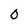
Character: 0